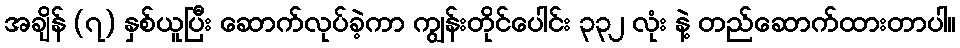
အချိန် (၇) နှစ်ယူပြီး ဆောက်လုပ်ခဲ့ကာ ကျွန်းတိုင်ပေါင်း ၃၃၂ လုံး နဲ့ တည်ဆောက်ထားတာပါ။